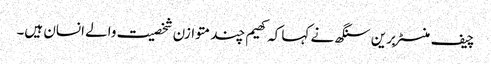
چیف منسٹر برین سنگھ نے کہا کہ کھیم چند متوازن شخصیت والے انسان ہیں۔